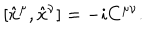
[ \hat { x } ^ { \mu } , \hat { x } ^ { \nu } ] = - i C ^ { \mu \nu } .